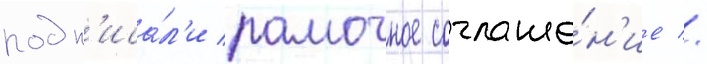
подп'иса́л'и рамочное соглаше́н'ие //